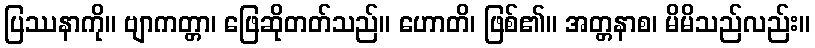
ပြဿနာကို။ ဗျာကတ္တာ၊ ဖြေဆိုတတ်သည်။ ဟောတိ၊ ဖြစ်၏။ အတ္တနာစ၊ မိမိသည်လည်း။